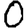
Digit: 0